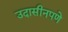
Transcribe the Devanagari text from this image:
उदासीनपणे